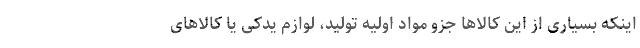
اینکه بسیاری از این کالاها جزو مواد اولیه تولید، لوازم یدکی یا کالاهای